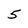
Character: 5